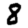
Digit: 8